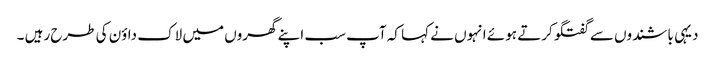
دیہی باشندوں سے گفتگو کرتے ہوئے انہوں نے کہا کہ آپ سب اپنے گھروں میں لاک داؤن کی طرح رہیں ۔